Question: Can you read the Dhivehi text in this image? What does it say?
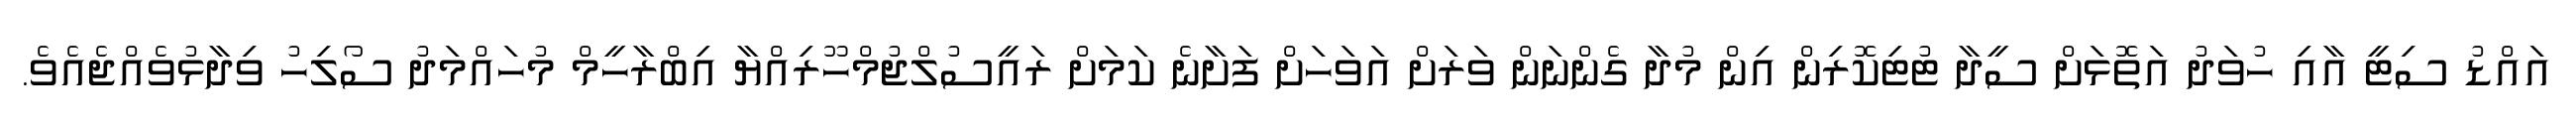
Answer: އައްޑު ސިޓީ އާއި ހުވަދު އަތޮޅަށް ސީދާ ޓުޓިކޮރިން އިން މުދާ ގެންނަން ވަރަށް އަވަހަށް ފަށާނެ ކަމަށް ރައީސުލްޖުމްހޫރިއްޔާ އިބްރާހީމް މުހައްމަދު ސޯލިހު ވިދާޅުވެއްޖެއެވެ.